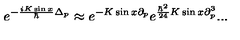
e ^ { - \frac { i K \sin x } { \hbar } \Delta _ { p } } \approx e ^ { - K \sin x \partial _ { p } } e ^ { \frac { \hbar ^ { 2 } } { 2 4 } K \sin x \partial _ { p } ^ { 3 } } . . .